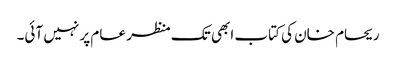
ریحام خان کی کتاب ابھی تک منظر عام پر نہیں آئی۔